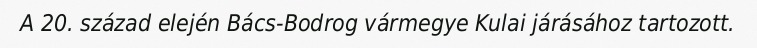
A 20. század elején Bács-Bodrog vármegye Kulai járásához tartozott.